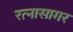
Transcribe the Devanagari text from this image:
रत्नासागर